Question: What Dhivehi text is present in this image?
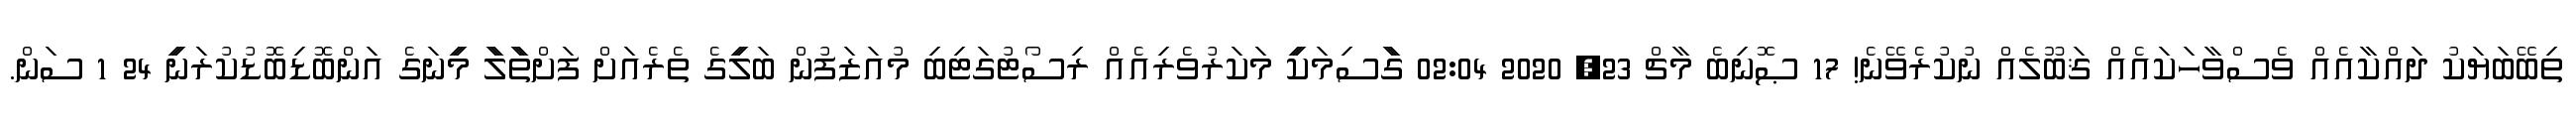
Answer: ތިބޭބަޔަކު ދައްކާއެއް ވެސްވާހަކައެއް ޤަބޫލެއް ނުކުރެވޭނެ! 17 ޞޮނިބެ މާޗް 23, 2020 02:04 ގަާސިމަކިީ މަކަރުވެރިއެއް ރިސޯޓުގަޓިބި މުއަޒަފުން ބަލިީގެ ތެރެއަށް ފަށްތަާލަާ މިީނަގެ އަންބޮޑިބޮޑުކުރަނިީ 24 1 ސަން.